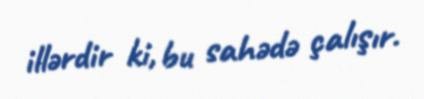
illərdir ki, bu sahədə çalışır.